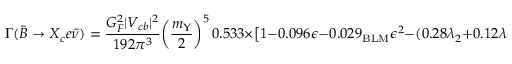
\Gamma ( \bar { B } \to X _ { c } e \bar { \nu } ) = { \frac { G _ { F } ^ { 2 } | V _ { c b } | ^ { 2 } } { 1 9 2 \pi ^ { 3 } } } \bigg ( { \frac { m _ { \Upsilon } } { 2 } } \bigg ) ^ { 5 } \, 0 . 5 3 3 \times \big [ 1 - 0 . 0 9 6 \epsilon - 0 . 0 2 9 _ { \mathrm { B L M } } \epsilon ^ { 2 } - ( 0 . 2 8 \lambda _ { 2 } + 0 . 1 2 \lambda _ { 1 } ) / \mathrm { G e V } ^ { 2 } \big ] \, ,